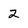
Character: 2